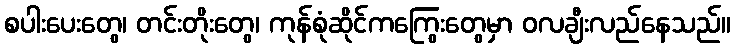
စပါးပေးတွေ၊ တင်းတိုးတွေ၊ ကုန်စုံဆိုင်ကကြွေးတွေမှာ ဝလချီးလည်နေသည်။